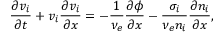
\frac { \partial v _ { i } } { \partial t } + v _ { i } \frac { \partial v _ { i } } { \partial x } = - \frac { 1 } { \nu _ { e } } \frac { \partial \phi } { \partial x } - \frac { \sigma _ { i } } { \nu _ { e } n _ { i } } \frac { \partial n _ { i } } { \partial x } ,